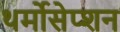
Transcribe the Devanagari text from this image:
थर्मोसेप्शन